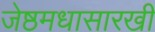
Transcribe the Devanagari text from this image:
जेष्ठमधासारखी